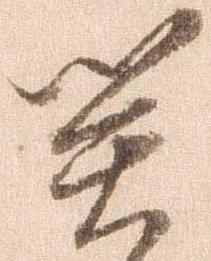
関